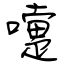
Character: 嚏